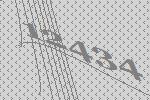
12434